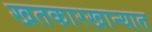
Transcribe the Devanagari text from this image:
खतकारखान्यात